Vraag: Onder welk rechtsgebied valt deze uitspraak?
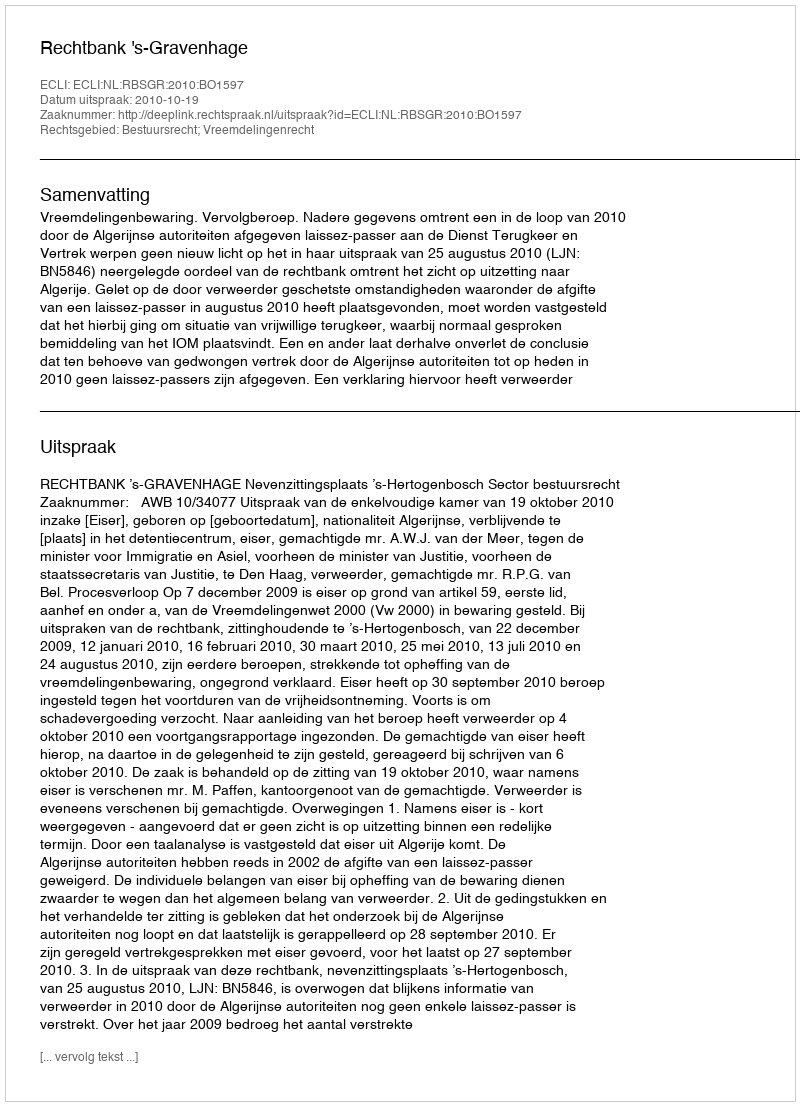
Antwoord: Bestuursrecht; Vreemdelingenrecht